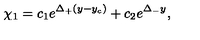
\chi _ { 1 } = c _ { 1 } e ^ { \Delta _ { + } ( y - y _ { c } ) } + c _ { 2 } e ^ { \Delta _ { - } y } ,